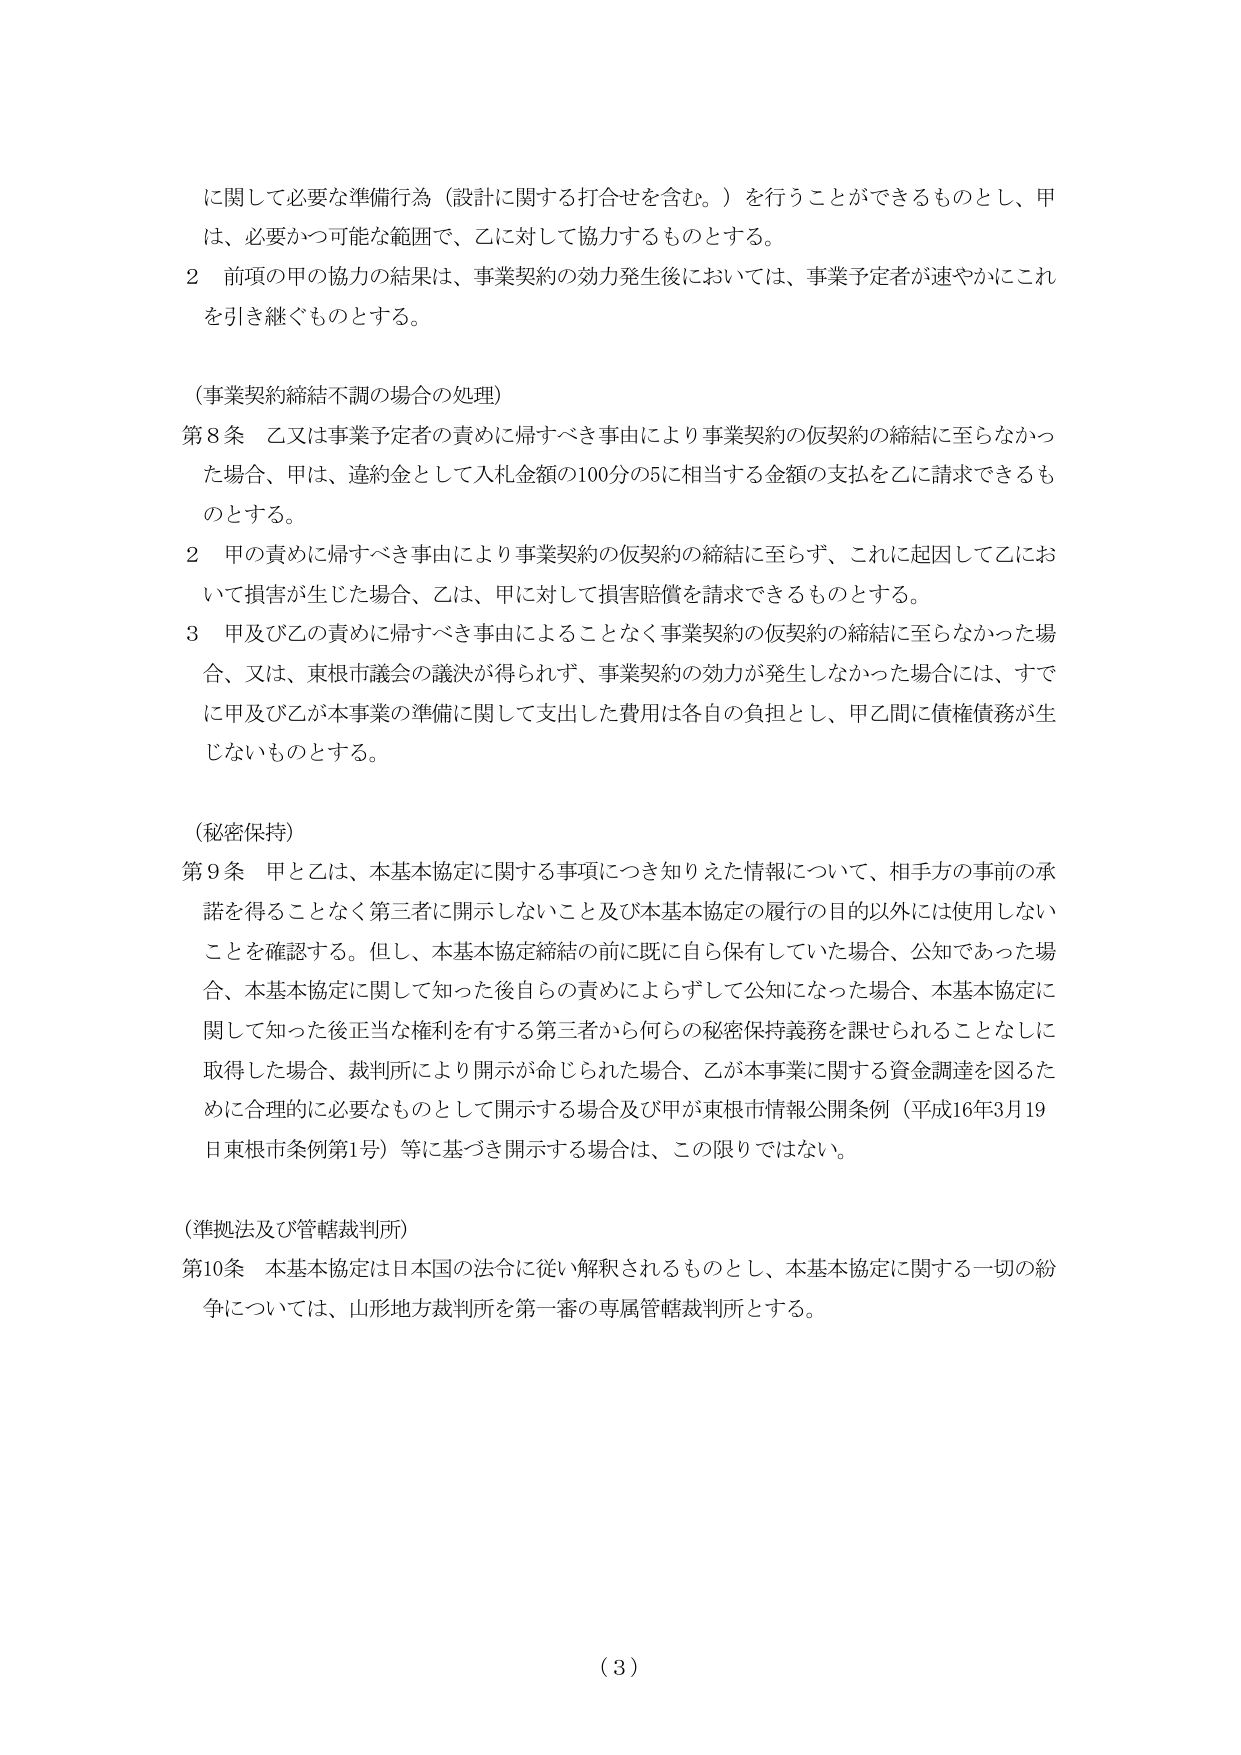
に関して必要な準備行為（設計に関する打合せを含む。）を行うことができるものとし、甲は、必要かつ可能な範囲で、乙に対して協力するものとする。

2 前項の甲の協力の結果は、事業契約の効力発生後においては、事業予定者が速やかにこれを引き継ぐものとする。

（事業契約締結不調の場合の処理）

第8条 乙又は事業予定者の責めに帰すべき事由により事業契約の仮契約の締結に至らなかった場合、甲は、違約金として入札金額の100分の5に相当する金額の支払を乙に請求できるものとする。

2 甲の責めに帰すべき事由により事業契約の仮契約の締結に至らず、これに起因して乙において損害が生じた場合、乙は、甲に対して損害賠償を請求できるものとする。

3 甲及び乙の責めに帰すべき事由によることなく事業契約の仮契約の締結に至らなかった場合、又は、東根市議会の議決が得られず、事業契約の効力が発生しなかった場合には、すでに甲及び乙が本事業の準備に関して支出した費用は各自の負担とし、甲乙間に債権債務が生じないものとする。

（秘密保持）

第9条 甲と乙は、本基本協定に関する事項につき知りえた情報について、相手方の事前の承諾を得ることなく第三者に開示しないこと及び本基本協定の履行の目的以外には使用しないことを確認する。但し、本基本協定締結の前に既に自ら保有していた場合、公知であった場合、本基本協定に関して知った後自らの責めによらずして公知になった場合、本基本協定に関して知った後正当な権利を有する第三者から何らの秘密保持義務を課せられることなしに取得した場合、裁判所により開示が命じられた場合、乙が本事業に関する資金調達を図るために合理的に必要なものとして開示する場合及び甲が東根市情報公開条例（平成16年3月19日東根市条例第1号）等に基づき開示する場合は、この限りではない。

（準拠法及び管轄裁判所）

第10条 本基本協定は日本国の法令に従い解釈されるものとし、本基本協定に関する一切の紛争については、山形地方裁判所を第一審の専属管轄裁判所とする。

（3）